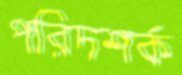
পরিদশর্ক